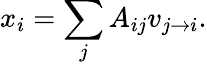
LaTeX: x_{i}=\sum_{j}A_{ij}v_{j\rightarrow i}.